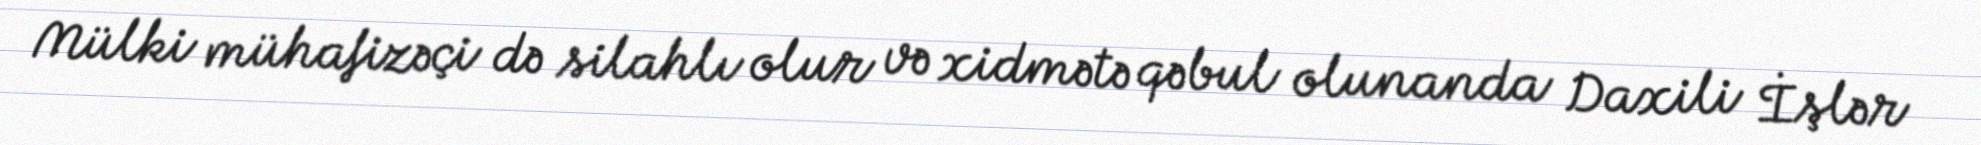
Mülki mühafizəçi də silahlı olur və xidmətə qəbul olunanda Daxili İşlər